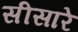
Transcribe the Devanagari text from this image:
सीसारे